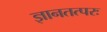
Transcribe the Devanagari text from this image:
ज्ञानतत्परः